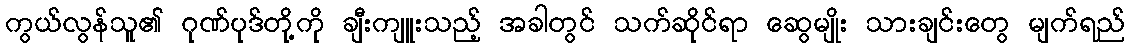
ကွယ်လွန်သူ၏ ဂုဏ်ပုဒ်တို့ကို ချီးကျူးသည့် အခါတွင် သက်ဆိုင်ရာ ဆွေမျိုး သားချင်းတွေ မျက်ရည်